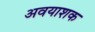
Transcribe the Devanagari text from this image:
अवयाशक